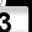
Digit: 3